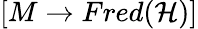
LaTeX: [M\rightarrow Fred({\mathcal{H}})]